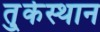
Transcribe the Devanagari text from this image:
तु्र्कस्थान